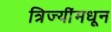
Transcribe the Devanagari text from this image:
त्रिज्यींमधून